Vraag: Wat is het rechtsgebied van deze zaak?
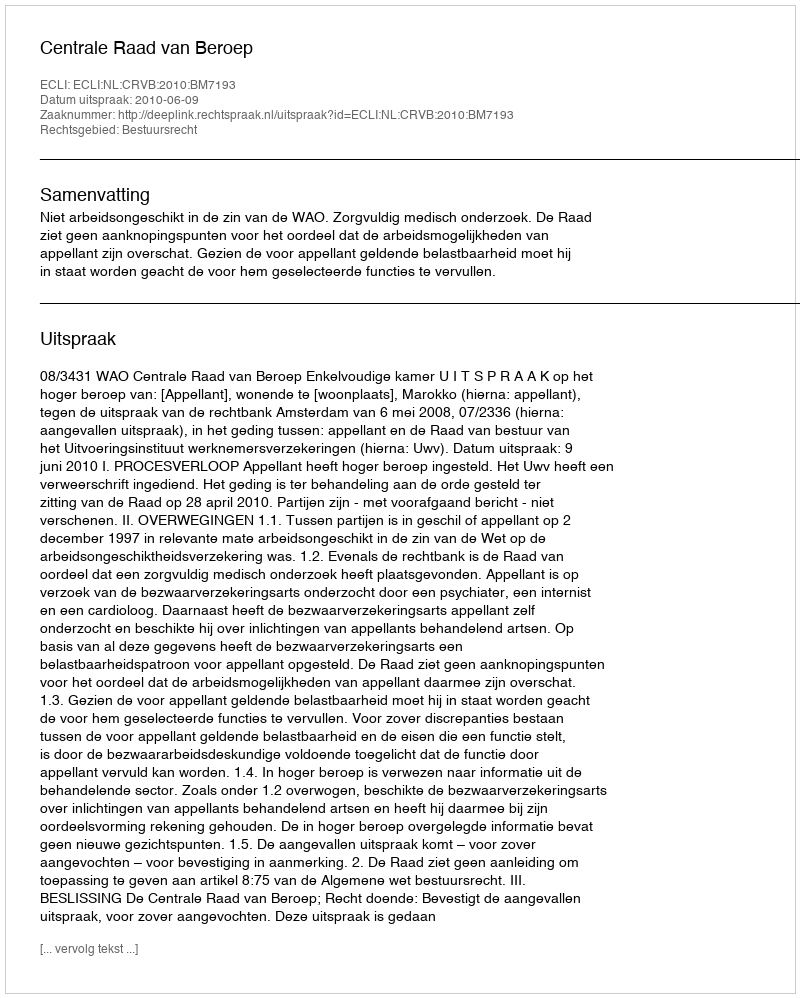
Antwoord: Bestuursrecht